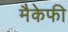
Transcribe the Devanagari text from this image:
मैकेफी